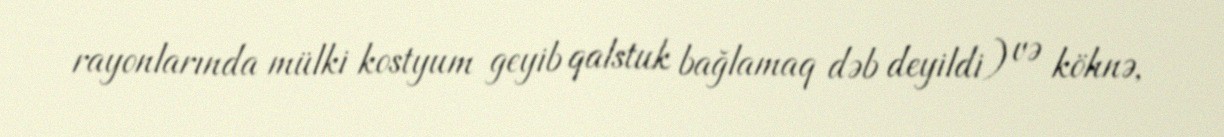
rayonlarında mülki kostyum geyib qalstuk bağlamaq dəb deyildi) və köhnə,